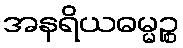
အနရိယဓမ္မဉ္စ